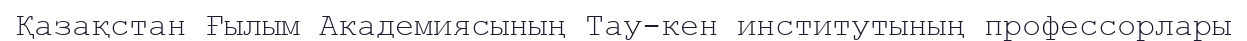
Қазақстан Ғылым Академиясының Тау-кен институтының профессорлары